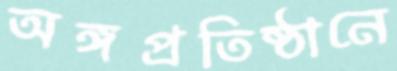
অঙ্গপ্রতিষ্ঠানে